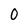
Character: O